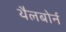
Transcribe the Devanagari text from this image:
थैलबोर्न